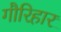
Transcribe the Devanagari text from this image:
गौरिहार